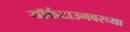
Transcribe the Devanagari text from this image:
यॉर्कटाउनवरच्या